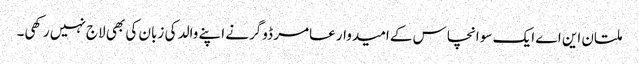
ملتان این اے ایک سو انچاس کے امیدوار عامر ڈوگرنے اپنے والد کی زبان کی بھی لاج نہیں رکھی۔